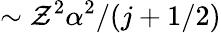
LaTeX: \sim\mathcal{Z}^{2}\alpha^{2}/(j+1/2)